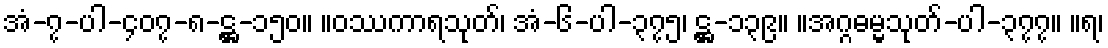
အံ-၇-ပါ-၄၀၇-၈-ဋ္ဌ-၁၅၀။ ။ဝဿကာရသုတ်၊ အံ-၆-ပါ-၃၇၅၊ ဋ္ဌ-၁၃၉။ ။အဂ္ဂဓမ္မသုတ်-ပါ-၃၇၇။ ။ရ၊